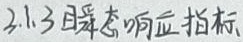
2.1.3 瞬态响应指标